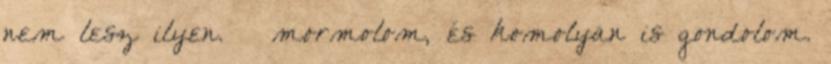
nem lesz ilyen. – mormolom, és komolyan is gondolom.